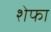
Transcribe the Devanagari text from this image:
शेफा